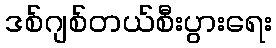
ဒစ်ဂျစ်တယ်စီးပွားရေး